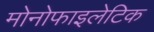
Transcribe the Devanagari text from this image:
मोनोफाइलेटिक